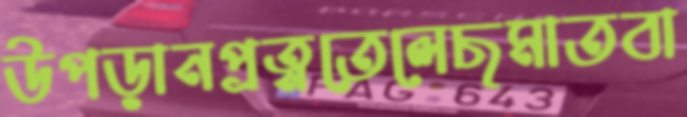
উপড়ানপ্রত্নতেলেছমাতবা